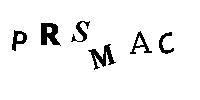
PRSMAC